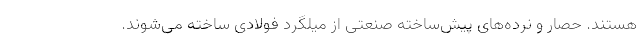
هستند. حصار و نرده‌های پیش‌ساخته صنعتی از میلگرد فولادی ساخته می‌شوند.